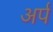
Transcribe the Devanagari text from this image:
अर्प